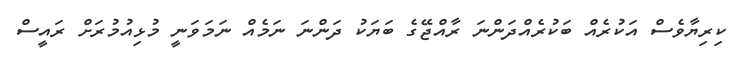
ކިރިޔާވެސް އަކުރެއް ބަކުރެއްދަންނަ ރާއްޖޭގެ ބަޔަކު ދަންނަ ނަމެއް ނަމަވަނީ މުޅިއުމުރަށް ރައީސް